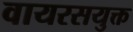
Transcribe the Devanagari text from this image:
वायरसयुक्त